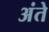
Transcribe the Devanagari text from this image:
अंते